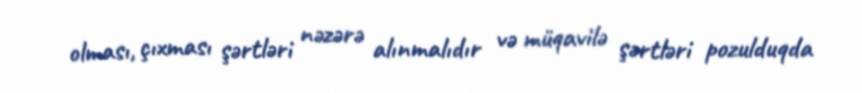
olması, çıxması şərtləri nəzərə alınmalıdır və müqavilə şərtləri pozulduqda